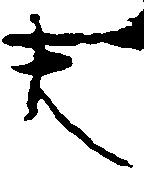
大